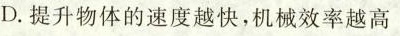
D.提升物体的速度越快，机械效率越高